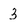
Character: 3